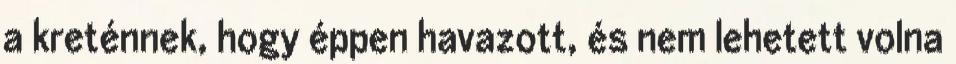
a kreténnek, hogy éppen havazott, és nem lehetett volna